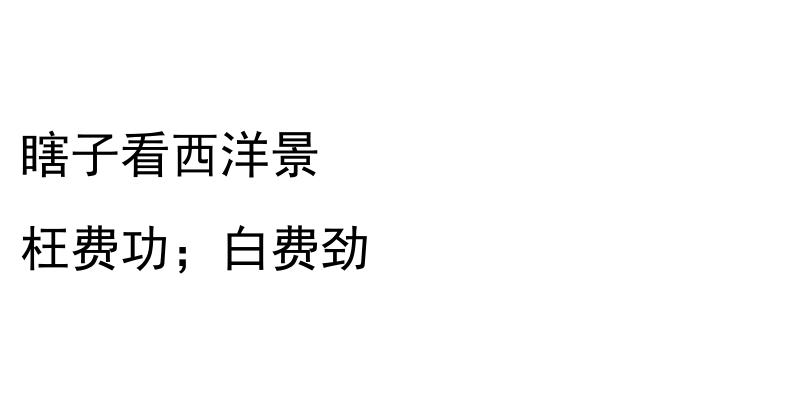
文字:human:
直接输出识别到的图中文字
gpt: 瞎子看西洋景 枉费功；白费劲